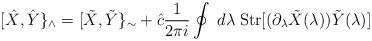
LaTeX: \begin{align*}[\hat{X}, \hat{Y}\}_\wedge=[\tilde{X}, \tilde{Y}\}_\sim+\hat{c}\frac{1}{2\pi i} \oint\;d\lambda\;{\rm Str}[(\partial_\lambda\tilde{X}(\lambda)) \tilde{Y}(\lambda)]\end{align*}